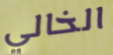
الخالي